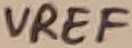
Text: VREF